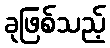
ခုဖြစ်သည့်